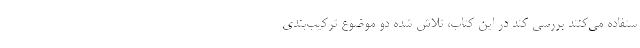
ستفاده می‌کنند بررسی کند در این کتاب، تلاش شده دو موضوع ترکیب‌بندی